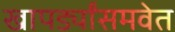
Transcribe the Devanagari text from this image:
खापर्ड्यांसमवेत